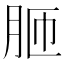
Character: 𦚗